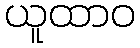
ယူထာဝ